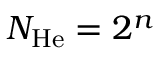
N _ { \mathrm { H e } } = 2 ^ { n }